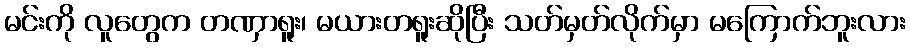
မင်းကို လူတွေက တဏှာရူး၊ မယားတရူးဆိုပြီး သတ်မှတ်လိုက်မှာ မကြောက်ဘူးလား